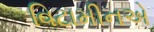
વિટામીનએ